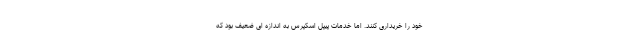
خود را خریداری کنند. اما خدمات پیپل اسکپرس به اندازه ای ضعیف بود که